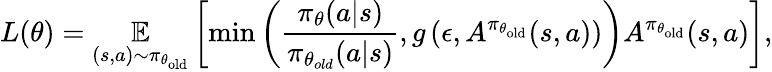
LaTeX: L(\theta)=\underset{(s,a)\sim\pi_{\theta_{\mathrm{old}}}}{\mathbb{E}}\left[\operatorname*{min}\left(\frac{\pi_{\theta}(a\vert s)}{\pi_{\theta_{old}}(a\vert s)},g\left(\epsilon,A^{\pi_{\theta_{\mathrm{old}}}}(s,a)\right)\right)A^{\pi_{\theta_{\mathrm{old}}}}(s,a)\right],